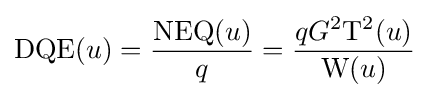
\mathrm {DQE} (u)={\frac {\mathrm {NEQ} (u)}{q}}={\frac {qG^{2}\mathrm {T^{2}} (u)}{\mathrm {W} (u)}}